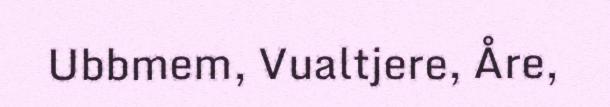
Ubbmem, Vualtjere, Åre,